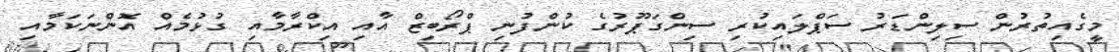
މީގެއިތުރުން ސިލިންޑަރު ސަޕްލައިކުރި ސިންގަޕޫރުގެ ކުންފުނި ޕްރޯބިޒް އާއި އިކްރާމާއި ގުޅުމެއް އޮންނަކަމާއި